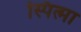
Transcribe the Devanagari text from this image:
स्पित्मा